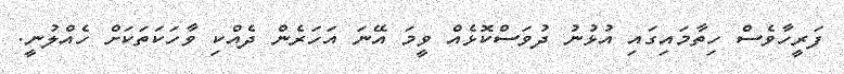
ފަރީހާވެސް ހިތާމައިގައި އުޅުނު ދުވަސްކޮޅެއް ވީމަ އޭނަ އަހަރެން ދެއްކި ވާހަކަތަކަށް ހެއްލުނީ.